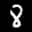
Label: 8